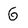
Character: 6